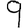
Digit: 9